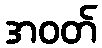
အဝတ်